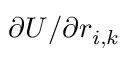
\partial U / \partial r _ { i , k }